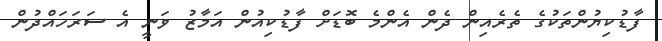
ފާޑުކިޔުންތަކުގެ ތެރެއިން ދެން އެންމެ ބޮޑަށް ފާޑުކިއުން އަމާޒު ވަނީ އެ ސަރަހައްދުން